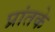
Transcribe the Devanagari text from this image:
प्रांतके